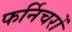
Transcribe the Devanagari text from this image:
फर्निचरों